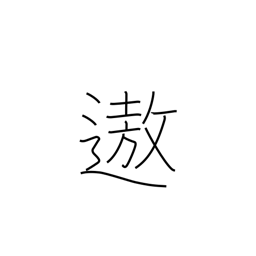
Meaning: enjoyment